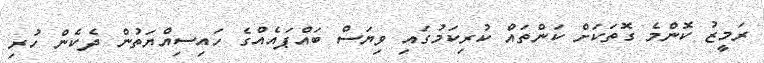
ރަމީޒު ކޮންމެ ގޮތަކަށް ކަންތައް ކުރިކަމުގައި ވިޔަސް ބައްޕައެއްގެ ހައިސިއްޔަތުން ދެކެން ހުރި